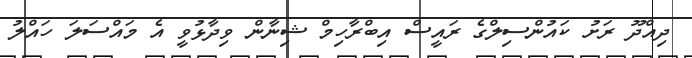
ދިއްދޫ ރަށު ކައުންސިލްގެ ރައީސް އިބްރާހިމް ޝިނާން ވިދާޅުވީ އެ މައްސަލަ ހައްލު